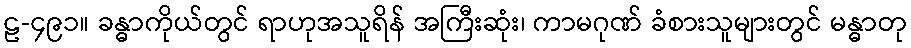
ဠ-၄၉၁။ ခန္ဓာကိုယ်တွင် ရာဟုအသူရိန် အကြီးဆုံး၊ ကာမဂုဏ် ခံစားသူများတွင် မန္ဓာတု